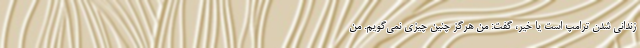
زندانی شدن ترامپ است یا خیر، گفت: من هرگز چنین چیزی نمی‌گویم. من